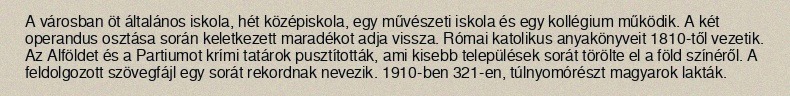
A városban öt általános iskola, hét középiskola, egy művészeti iskola és egy kollégium működik. A két operandus osztása során keletkezett maradékot adja vissza. Római katolikus anyakönyveit 1810-től vezetik. Az Alföldet és a Partiumot krími tatárok pusztították, ami kisebb települések sorát törölte el a föld színéről. A feldolgozott szövegfájl egy sorát rekordnak nevezik. 1910-ben 321-en, túlnyomórészt magyarok lakták.